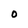
Character: 0